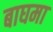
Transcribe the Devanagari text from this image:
बाघमा